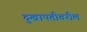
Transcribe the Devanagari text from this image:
दुखापतीवरील